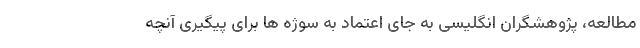
مطالعه، پژوهشگران انگلیسی به جای اعتماد به سوژه ها برای پیگیری آنچه